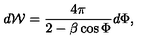
d { \mathcal W } = \frac { 4 \pi } { 2 - \beta \cos \Phi } d \Phi ,